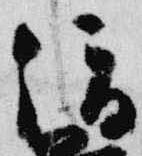
俊